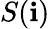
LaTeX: S(\mathbf{i})